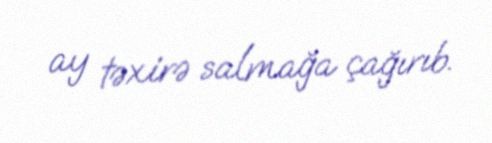
ay təxirə salmağa çağırıb.